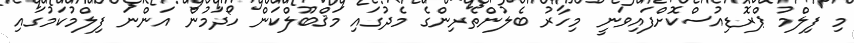
މި ފިލްމު ޕްރޮޑިއުސްކޮށްފައިވަނީ މިހާރު ބެލުންތެރިންގެ މެދުގައި މަޤްބޫލްކަން ހޯދަމުން އަންނަ ފިލްމުކަމުގައި